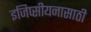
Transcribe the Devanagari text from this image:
इजिप्सीयनासाठी